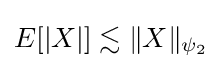
E[|X|]\lesssim \|X\|_{\psi _{2}}